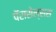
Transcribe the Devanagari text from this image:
पॅरासेल्सस